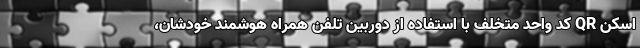
اسکن QR کد واحد متخلف با استفاده از دوربین تلفن همراه هوشمند خودشان،